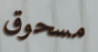
مسحوق